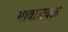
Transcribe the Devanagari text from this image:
भावाजवळ